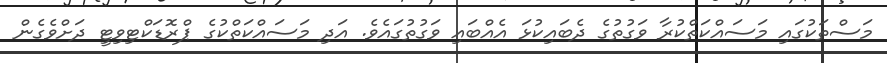
މަސްތަކުގައި މަސައްކަތްކުރާ ވަގުތުގެެ ދެބައިކުޅަ އެއްބައި ވަގުތުގައެވެ. އަދި މަސައްކަތްކުގެ ޕްރޮޑަކްޓިވިޓީ ދަށްވެގެން